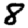
Digit: 8